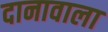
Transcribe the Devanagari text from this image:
दानावाला